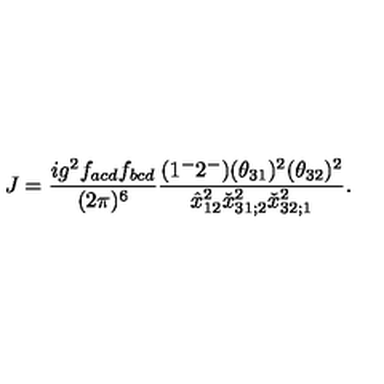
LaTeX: J = { \frac { i g ^ { 2 } f _ { a c d } f _ { b c d } } { ( 2 \pi ) ^ { 6 } } } { \frac { ( 1 ^ { - } 2 ^ { - } ) ( \theta _ { 3 1 } ) ^ { 2 } ( \theta _ { 3 2 } ) ^ { 2 } } { \hat { x } _ { 1 2 } ^ { 2 } \check { x } _ { 3 1 ; 2 } ^ { 2 } \check { x } _ { 3 2 ; 1 } ^ { 2 } } } .